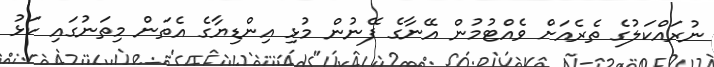
ނުރައްކަލުގެ ތެރެއަށް ވެއްޓުމުން އޭނާގެ ފޭނުން މުޅި އިންޑިޔާގެ އެތަން މިތަނުގައި ކަޅު